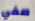
صفي